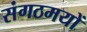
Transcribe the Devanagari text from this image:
संगठमयों